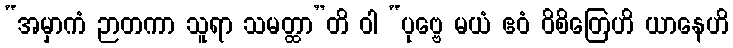
“အမှာကံ ဉာတကာ သူရာ သမတ္ထာ”တိ ဝါ “ပုဗ္ဗေ မယံ ဧဝံ ဝိစိတြေဟိ ယာနေဟိ